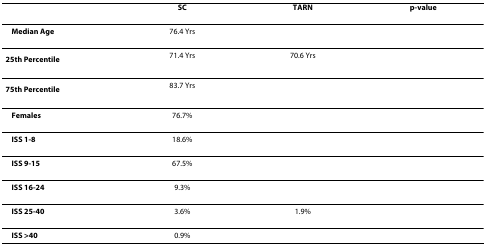
<table><thead><tr><td>[EMPTY_CELL]</td><td><b>SC</b></td><td><b>TARN</b></td><td><b>p-value</b></td></tr></thead><tbody><tr><td><b>Median Age</b></td><td>76.4 Yrs</td><td>[EMPTY_CELL]</td><td>[EMPTY_CELL]</td></tr><tr><td><b>25<sup>th </sup>Percentile</b></td><td>71.4 Yrs</td><td>70.6 Yrs</td><td>[EMPTY_CELL]</td></tr><tr><td><b>75<sup>th </sup>Percentile</b></td><td>83.7 Yrs</td><td>[EMPTY_CELL]</td><td>[EMPTY_CELL]</td></tr><tr><td><b>Females</b></td><td>76.7%</td><td>[EMPTY_CELL]</td><td>[EMPTY_CELL]</td></tr><tr><td><b>ISS 1-8</b></td><td>18.6%</td><td>[EMPTY_CELL]</td><td>[EMPTY_CELL]</td></tr><tr><td><b>ISS 9-15</b></td><td>67.5%</td><td>[EMPTY_CELL]</td><td>[EMPTY_CELL]</td></tr><tr><td><b>ISS 16-24</b></td><td>9.3%</td><td>[EMPTY_CELL]</td><td>[EMPTY_CELL]</td></tr><tr><td><b>ISS 25-40</b></td><td>3.6%</td><td>1.9%</td><td>[EMPTY_CELL]</td></tr><tr><td><b>ISS &gt;40</b></td><td>0.9%</td><td>[EMPTY_CELL]</td><td>[EMPTY_CELL]</td></tr></tbody></table>